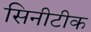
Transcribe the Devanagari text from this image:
सिनीटीक